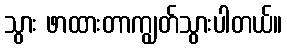
သွား ဖာထားတာကျွတ်သွားပါတယ်။